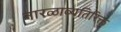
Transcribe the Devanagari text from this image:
नारळाव्यतिरिक्त